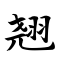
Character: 翘